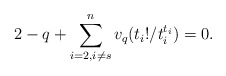
\begin{align*}2-q+ \sum_{i = 2, i \neq s}^n v_q(t_i!/t_i^{t_i}) = 0.\end{align*}